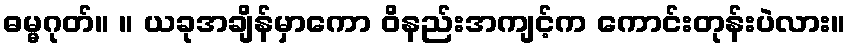
ဓမ္မဂုတ်။ ။ ယခုအချိန်မှာကော ဝိနည်းအကျင့်က ကောင်းတုန်းပဲလား။